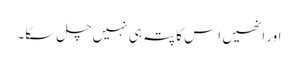
اور انھیں اِس کا پتہ ہی نہیں چل سکا۔